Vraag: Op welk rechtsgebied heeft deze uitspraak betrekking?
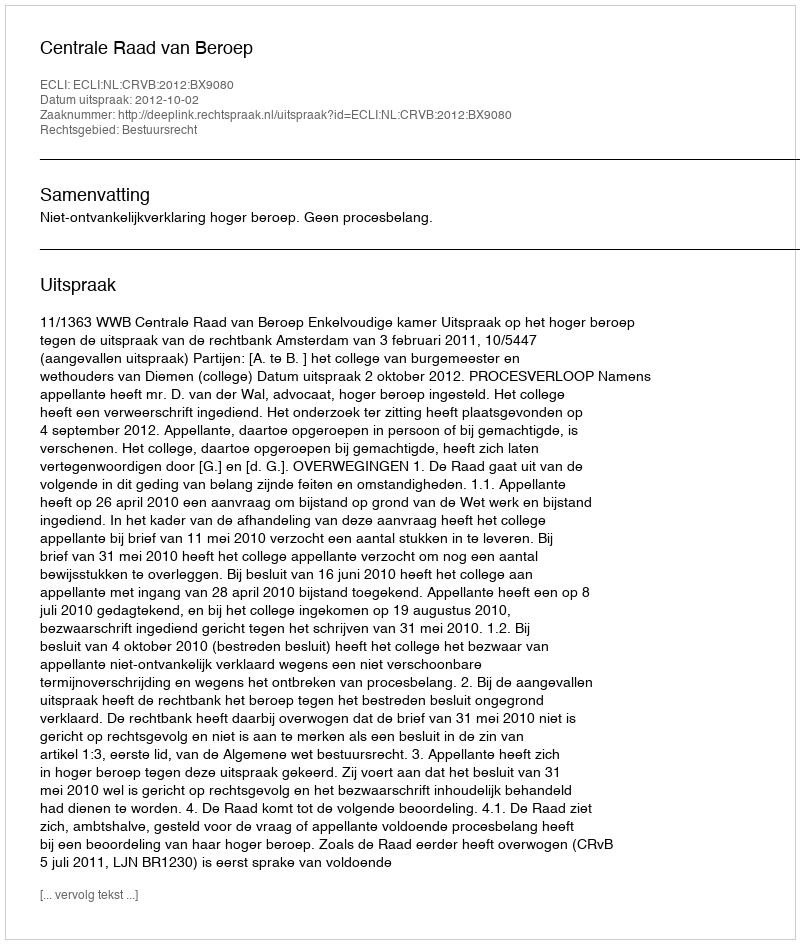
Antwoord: Bestuursrecht